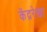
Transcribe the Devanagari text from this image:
केंद्ररेखा